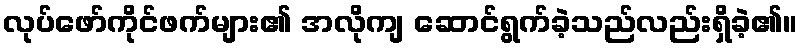
လုပ်ဖော်ကိုင်ဖက်များ၏ အလိုကျ ဆောင်ရွက်ခဲ့သည်လည်းရှိခဲ့၏။